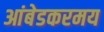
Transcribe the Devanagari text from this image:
आंबेडकरमय